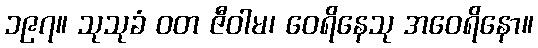
၁၉၇။ သုသုခံ ဝတ ဇီဝါမ၊ ဝေရိနေသု အဝေရိနော။